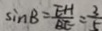
\sin B = \frac { E H } { B E } = \frac { 3 } { 5 }